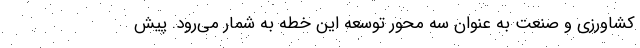
کشاورزی و صنعت به عنوان سه محور توسعه این خطه به شمار می‌رود. پیش